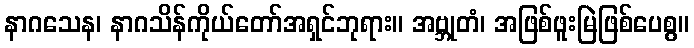
နာဂသေန၊ နာဂသိန်ကိုယ်တော်အရှင်ဘုရား။ အဗ္ဘုတံ၊ အဖြစ်ဖူးမြဲဖြစ်ပေစွ။